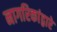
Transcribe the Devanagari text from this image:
नागरिकांद्वारे